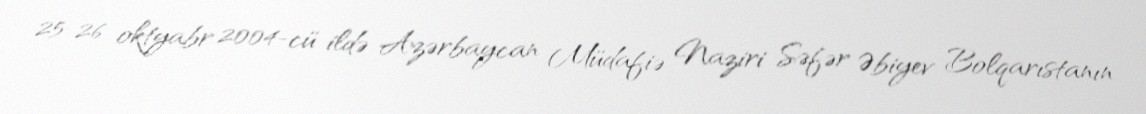
25-26 oktyabr 2004-cü ildə Azərbaycan Müdafiə Naziri Səfər Əbiyev Bolqarıstanın